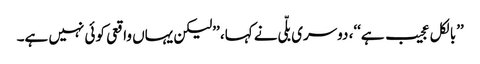
’’بالکل عجیب ہے‘‘، دوسری بلّی نے کہا، ’’لیکن یہاں واقعی کوئی نہیں ہے۔